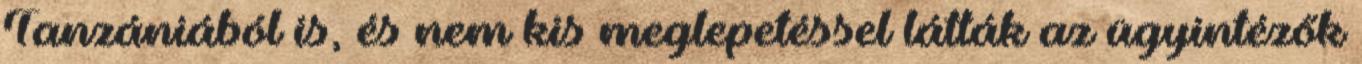
Tanzániából is, és nem kis meglepetéssel látták az ügyintézők